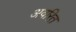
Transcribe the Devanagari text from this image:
अवरित